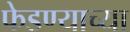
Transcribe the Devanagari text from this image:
फेडण्याच्या